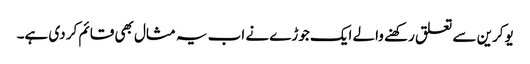
یوکرین سے تعلق رکھنے والے ایک جوڑے نے اب یہ مثال بھی قائم کر دی ہے۔